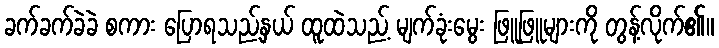
ခက်ခက်ခဲခဲ စကား ပြောရသည့်နှယ် ထူထဲသည့် မျက်ခုံးမွေး ဖြူဖြူများကို တွန့်လိုက်၏။